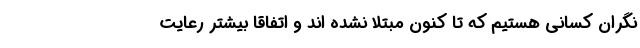
نگران کسانی هستیم که تا کنون مبتلا نشده اند و اتفاقا بیشتر رعایت